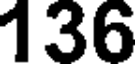
136